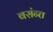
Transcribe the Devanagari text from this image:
बसंन्त